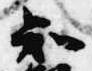
知